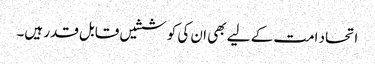
اتحاد امت کے لیے بھی ان کی کوششیں قابل قدر ہیں۔